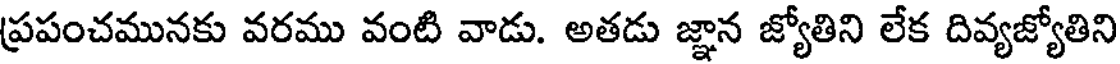
ప్రపంచమునకు వరము వంటి వాడు. అతడు జ్ఞాన జ్యోతిని లేక దివ్యజ్యోతిని